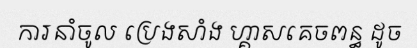
ការនាំចូល ប្រេងសាំង ហ្គាសគេចពន្ធ ដូច